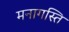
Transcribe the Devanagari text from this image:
मनागस्ति